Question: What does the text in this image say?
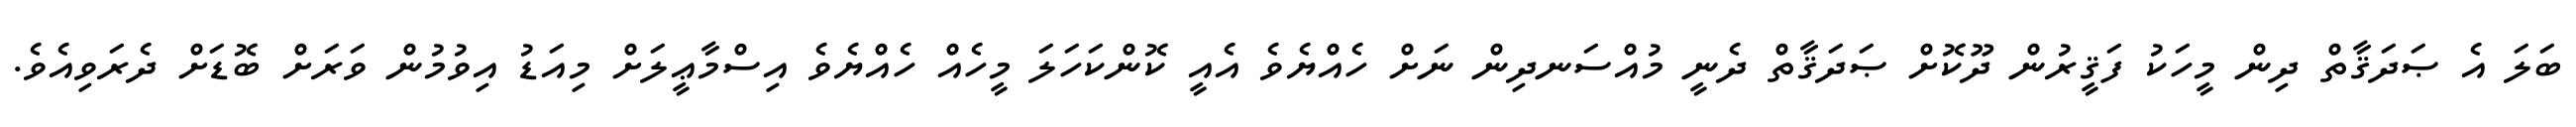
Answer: ބަލަ އެ ޞަދަޤާތް ދިން މީހަކު ފަޤީރުން ދޫކޮށް ޞަދަޤާތް ދެނީ މުއްސަނދިން ނަށް ހެއްޔެވެ އެއީ ކޮންކަހަލަ މީހެއް ހެއްޔެވެ އިސްމާޢީލަށް މިއަޑު އިވުމުން ވަރަށް ބޮޑަށް ދެރަވިއެވެ.